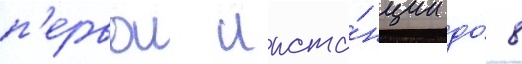
п'ервои инста́нции до́ 8